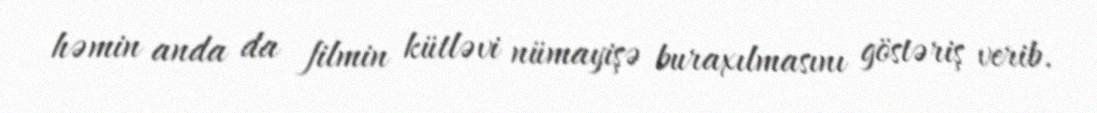
həmin anda da filmin kütləvi nümayişə buraxılmasını göstəriş verib.